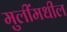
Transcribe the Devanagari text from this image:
मुलींमधील